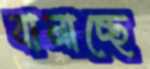
বানাচ্ছে